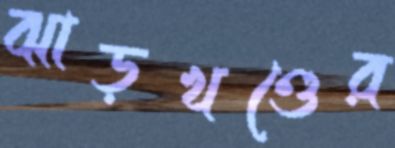
ঝাড়খণ্ডের